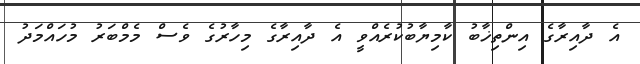
އެ ދާއިރާގެ އިންތިޚާބު ކާމިޔާބުކުރެއްވީ އެ ދާއިރާގެ މިހާރުގެ ވެސް މެމްބަރު މުހައްމަދު